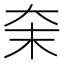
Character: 㭐